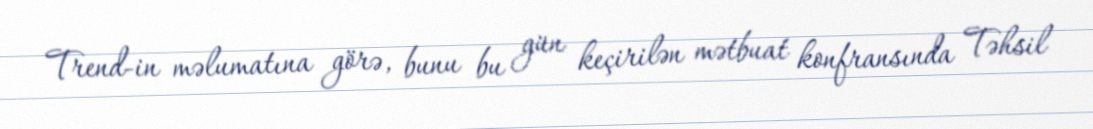
Trend-in məlumatına görə, bunu bu gün keçirilən mətbuat konfransında Təhsil